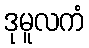
ဒုမူလကံ